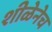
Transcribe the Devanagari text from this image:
शीळेनेच